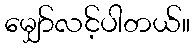
မျှော်လင့်ပါတယ်။